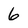
Character: 6